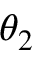
\theta _ { 2 }